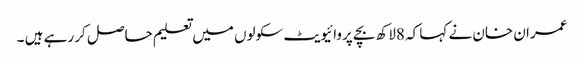
عمران خان نے کہا کہ 8لاکھ بچے پروائیویٹ سکولوں میں تعلیم حاصل کر رہے ہیں ۔